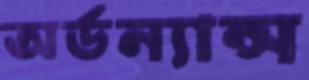
অর্ডন্যান্স